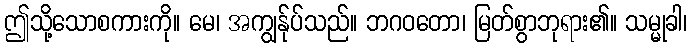
ဤသို့သောစကားကို။ မေ၊ အကျွန်ုပ်သည်။ ဘဂဝတော၊ မြတ်စွာဘုရား၏။ သမ္မုခါ၊